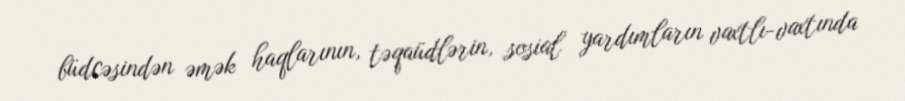
büdcəsindən əmək haqlarının, təqaüdlərin, sosial yardımların vaxtlı-vaxtında